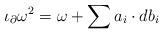
LaTeX: \begin{align*}\iota_\partial \omega^2 = \omega + \sum a_i \cdot db_i\end{align*}